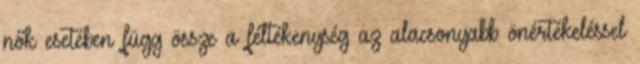
nők esetében függ össze a féltékenység az alacsonyabb önértékeléssel